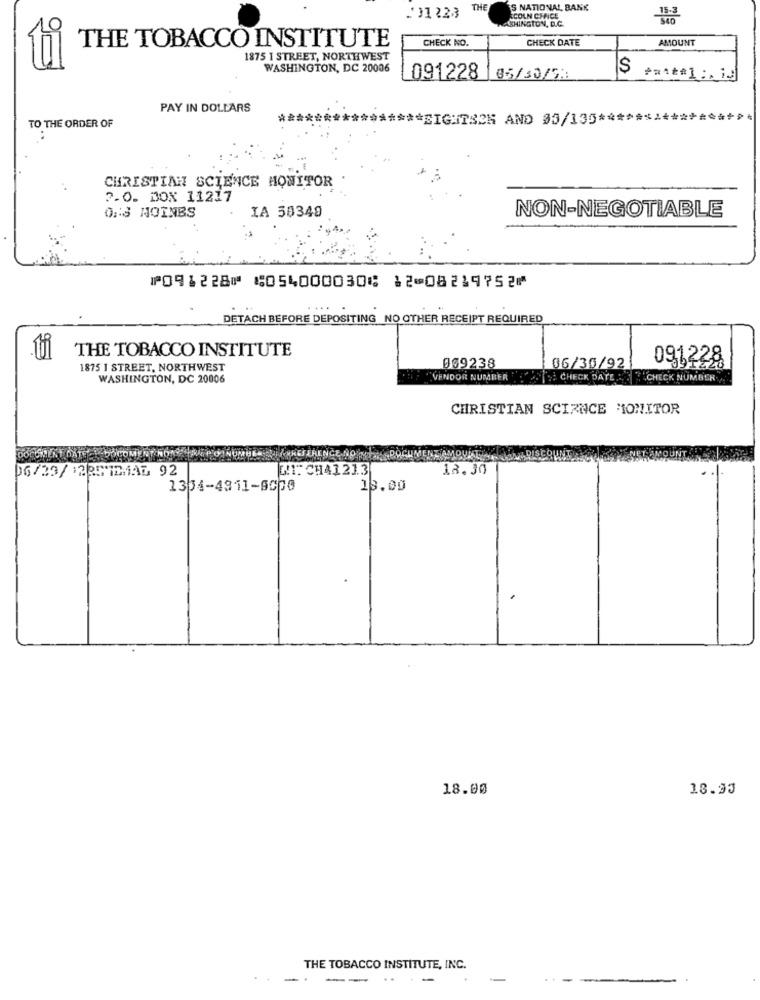
THE
S NATIONAL BANK
ASHINGTON, D.C.
SCOLN CENCE
CHECK NO.
CHECK DATE
AMOUNT
THE TOBACCO INSTITUTE
1875 1 STREET, NORTHWEST
WASHINGTON, DC 20006
s
091228
105/30/5:
PAY IN DOLLARS
**************** EIGHTSON AND 05/135 *************
TO THE ORDER OF
CHRISTIAN SCIENCE HOWITOR
2.0. 30X 11217
ONS NOINES
IA 50340
NON-NEGOTIABLE
⑈091228⑈ ⑆054000030⑆ 12⑉08219752⑈
DETACH BEFORE DEPOSITING NO OTHER RECEIPT REQUIRED
THE TOBACCO INSTITUTE
091228
1875 1 STREET, NORTHWEST
009238
06/30/92
91226
WASHINGTON, DC 20006
VENDOR NUMBERS CHECK DATE: CHECK NUMBER
CHRISTIAN SCIENCE MONITOR
ÖCÖMERT
06/33/ 1235 1MAL 92
21: CH41213
12.30
1354-4911-6000
13.00
18.00
18.95
THE TOBACCO INSTITUTE, INC.
..
-.
--
-
---